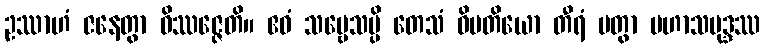
ဥဿာဟံ ဇနေတွာ ဝိဿဇ္ဇေတိ။ ဧဝံ သဗ္ဗေသမ္ပိ တေသံ ဝိမတိယော တီရံ ပတွာ မဟာသမုဒ္ဒဿ